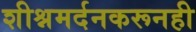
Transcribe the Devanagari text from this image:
शीश्नमर्दनकरूनही